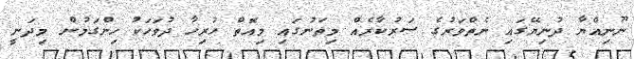
ނޫނިއްޔާ ދުނިޔޭގައި ނެތްވަރުގެ ސަރުކާރެއް މިތަނުގައި މިއޮތް ހުރިހާ ދުވަހަކު ހިންގަމުން މިދަނީ